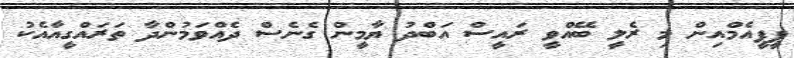
ޕީޕީއެމްއިން މި ރެލީ ބޭއްވީ ރައީސް އަބްދު ޔާމީން ގެނެސް ދެއްވަމުންދާ ތަރައްގީއާއެކު